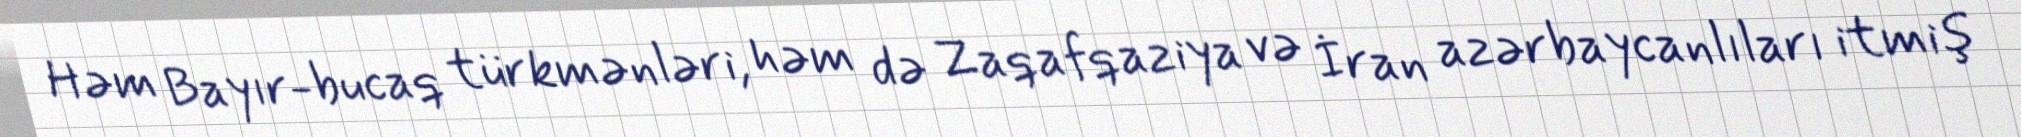
Həm Bayır-bucaq türkmənləri, həm də Zaqafqaziya və İran azərbaycanlıları itmiş